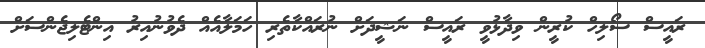
ރައީސް ސޯލިހް ކުރީން ވިދާޅުވީ ރައީސް ނަޝީދަށް ނުރައްކާތެރި ހަމަލާއެއް ދެވުނުއިރު އިންޓެލިޖެންސަށް